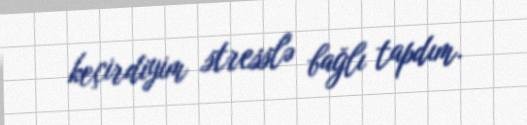
keçirdiyim stresslə bağlı tapdım.